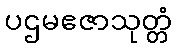
ပဌမဧဇာသုတ္တံ